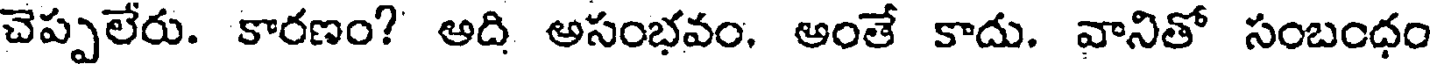
చెప్పలేరు. కారణం? అది అసంభవం. ఆంతే కాదు. వానితో సంబంధం